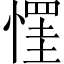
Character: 𢠪